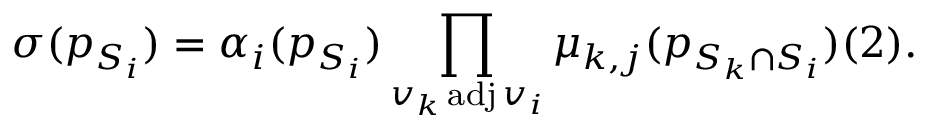
\sigma ( p _ { S _ { i } } ) = \alpha _ { i } ( p _ { S _ { i } } ) \prod _ { v _ { k } \operatorname { a d j } v _ { i } } \mu _ { k , j } ( p _ { S _ { k } \cap S _ { i } } ) ( 2 ) .